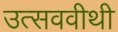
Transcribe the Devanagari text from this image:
उत्सववीथी